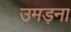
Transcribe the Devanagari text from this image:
उमड़ना